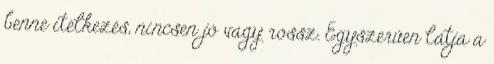
benne ítélkezés, nincsen jó vagy rossz. Egyszerűen látja a